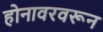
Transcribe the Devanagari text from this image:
होनावरवरून